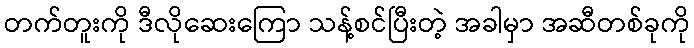
တက်တူးကို ဒီလိုဆေးကြော သန့်စင်ပြီးတဲ့ အခါမှာ အဆီတစ်ခုကို